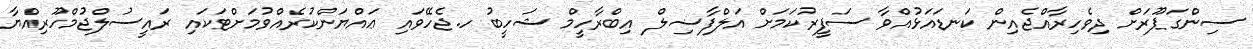
ސިންގަޕޫރަށް ދިވެހިރާއްޖެއިން ކަނޑައަޅުއްވާ ސަފީރުކަމަށް އަލްފާޟިލް އިބްރާހީމް ޝަހީބު ހ.ޖެހޭވައި ޢައްޔަންކުރެއްވުމަށްޓަކައި ރައީސުލްޖުމްހޫރިއްޔާ